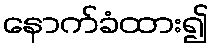
နောက်ခံထား၍